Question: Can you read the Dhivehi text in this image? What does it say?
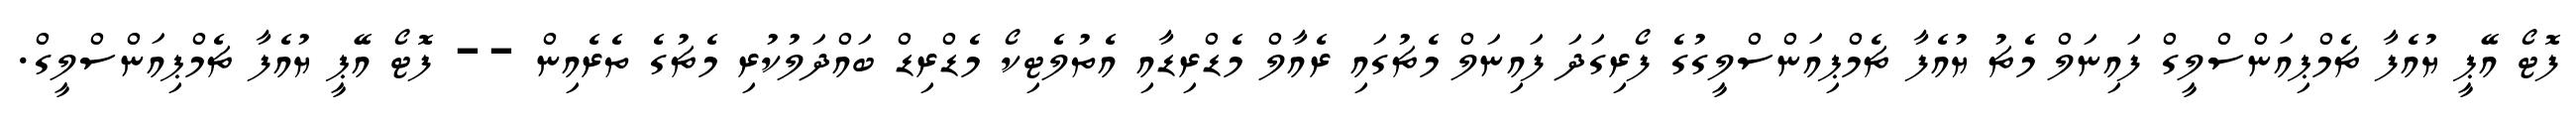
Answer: ފޮޓޯ އޭޕީ ޔުއެފާ ޗެމްޕިއަންސްލީގް ފައިނަލް މެޗު ޔުއެފާ ޗެމްޕިއަންސްލީގުގެ ފޯރިގަދަ ފައިނަލް މެޗުގައި ރެއާލް މެޑްރިޑާއި އެތުލެޓިކޯ މެޑްރިޑް ބައްދަލުކުރި މެޗުގެ ތެރެއިން -- ފޮޓޯ އޭޕީ ޔުއެފާ ޗެމްޕިއަންސްލީގް.